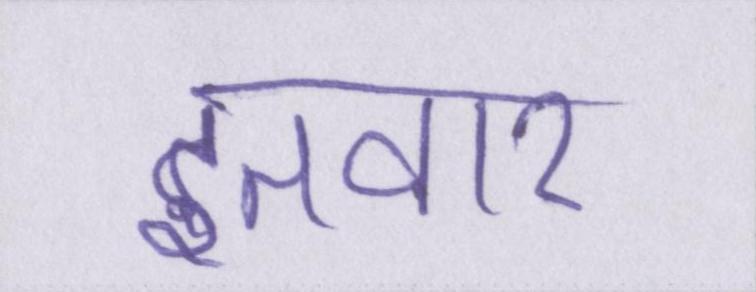
इतवार